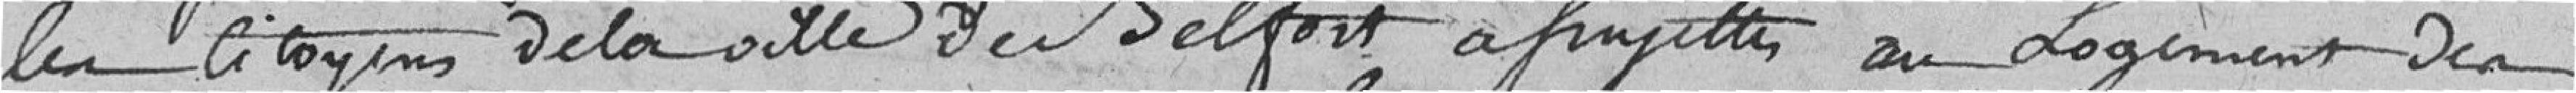
les citoyens de la ville de Belfort assujettis au logement des